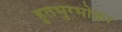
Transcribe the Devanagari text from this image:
हुतभुग्भोक्ता